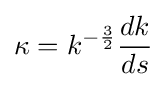
\kappa =k^{-{\frac {3}{2}}}{\frac {dk}{ds}}